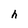
Character: h